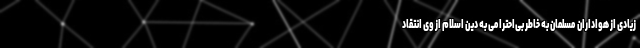
زیادی از هواداران مسلمان به خاطر بی‌احترامی به دین‌ اسلام از وی انتقاد